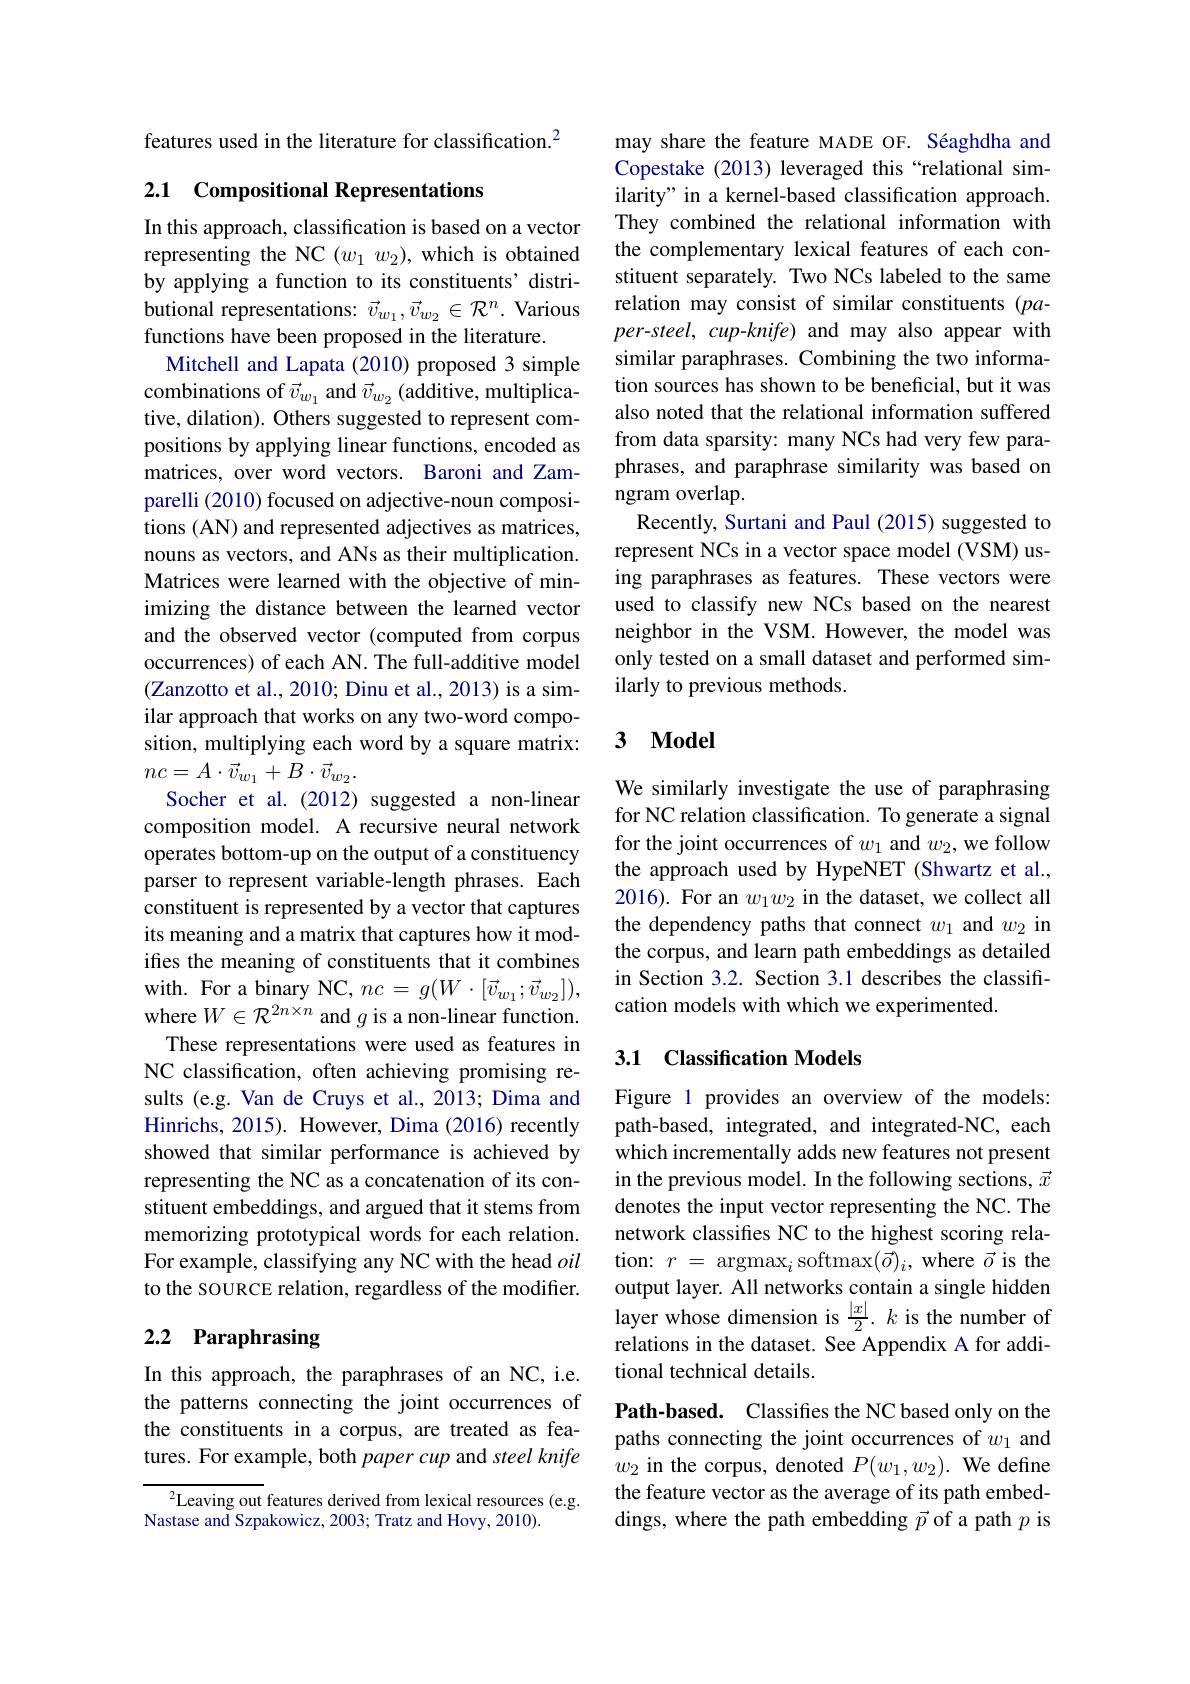
features used in the literature for classification.$^{2}$

## 2.1 Compositional Representations

In this approach, classification is based on a vector representing the NC $(w_1w_2)$, which is obtained by applying a function to its constituents' distributional representations: $\vec{v}_{w_1},\vec{v}_{w_2}\in\mathcal{R}^n.$ Various functions have been proposed in the literature.
Mitchell and Lapata (2010) proposed 3 simple combinations of $\vec{v}_{w_1}$ and $\vec{v}_{w_2}$ (additive, multiplicative, dilation). Others suggested to represent compositions by applying linear functions, encoded as matrices, over word vectors. Baroni and Zamparelli (2010) focused on adjective-noun compositions (AN) and represented adjectives as matrices, nouns as vectors, and ANs as their multiplication. Matrices were learned with the objective of minimizing the distance between the learned vector and the observed vector (computed from corpus occurrences) of each AN. The full-additive model (Zanzotto et al., 2010; Dinu et al., 2013) is a similar approach that works on any two-word composition, multiplying each word by a square matrix: $nc=A\cdot\vec{v}_{w_{1}}+B\cdot\vec{v}_{w_{2}}.$
Socher et al.(2012) suggested a non-linear composition model. A recursive neural network operates bottom-up on the output of a constituency parser to represent variable-length phrases. Each constituent is represented by a vector that captures its meaning and a matrix that captures how it modifes the meaning of constituents that it combines with. For a binary NC, $nc=g(W\cdot[\vec{v}_{w_1};\vec{v}_{w_2}])$, where $W\in\mathcal{R}^{2n\times n}$ and $g$ is a non-linear function. These representations were used as features in NC classification, often achieving promising results (e.g. Van de Cruys et al., 2013; Dima and Hinrichs, 2015). However, Dima (2016) recently showed that similar performance is achieved by representing the NC as a concatenation of its constituent embeddings, and argued that it stems from memorizing prototypical words for each relation. For example, classifying any NC with the head oil to the souRCE relation, regardless of the modifier.

## 2.2 Paraphrasing

In this approach, the paraphrases of an NC, i.e. the patterns connecting the joint occurrences of the constituents in a corpus, are treated as features. For example, both paper cup and steel knife

$^2$Leaving out features derived from lexical resources (e.g.
Nastase and Szpakowicz, 2003; Tratz and Hovy, 2010).

may share the feature MADE OF. Séaghdha and Copestake (2013) leveraged this “relational similarity" in a kernel-based classification approach. They combined the relational information with the complementary lexical features of each constituent separately. Two NCs labeled to the same relation may consist of similar constituents (pa- $per-steel,cup-knife)$ and may also appear with similar paraphrases. Combining the two information sources has shown to be beneficial, but it was also noted that the relational information suffered from data sparsity: many NCs had very few paraphrases, and paraphrase similarity was based on ngram overlap.
Recently, Surtani and Paul (2015) suggested to represent NCs in a vector space model (VSM) using paraphrases as features. These vectors were used to classify new NCs based on the nearest neighbor in the VSM. However, the model was only tested on a small dataset and performed similarly to previous methods.

### 3 $\mathbf{Model}$

We similarly investigate the use of paraphrasing for NC relation classification. To generate a signal for the joint occurrences of $w_1$ and $w_2$,we follow the approach used by HypeNET (Shwartz et al., 2016). For an $w_1w_2$ in the dataset, we collect all the dependency paths that connect $w_1$ and $w_2$ in the corpus, and learn path embeddings as detailed in Section 3.2. Section 3.1 describes the classification models with which we experimented.

## 3.1 Classification Models

Figure 1 provides an overview of the models: path-based, integrated, and integrated-NC, each which incrementally adds new features not present in the previous model. In the following sections, $\vec{x}$ denotes the input vector representing the NC. The network classifies NC to the highest scoring relation: $r=$ argmax$_i$softmax$(\vec{o})_i$, where $\vec{o}$ is the output layer. All networks contain a single hidden layer whose dimension is $\frac{|x|}2.k$ is the number of relations in the dataset. See Appendix A for additional technical details.

Path-based. Classifies the NC based only on the paths connecting the joint occurrences of $w_1$ and $w_2$ in the corpus, denoted $P(w_1,w_2).$ We define the feature vector as the average of its path embeddings, where the path embedding $\vec{p}$ of a path $p$ is